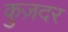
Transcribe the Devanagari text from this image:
कुज़दर